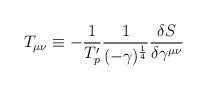
LaTeX: \begin{align*}T_{\mu \nu} \equiv -\frac{1}{T'_{p}} \frac{1}{(-\gamma )^{\frac{1}{4}}}\frac{\delta S}{\delta \gamma^{\mu \nu}}\end{align*}